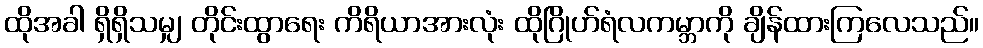
ထိုအခါ ရှိရှိသမျှ တိုင်းထွာရေး ကိရိယာအားလုံး ထိုဂြိုဟ်ရံလကမ္ဘာကို ချိန်ထားကြလေသည်။